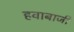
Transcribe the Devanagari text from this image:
हवाबाजी